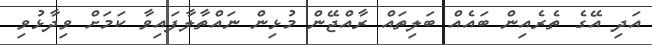
އަދި އޭގެ ތެރެއިން ބައެއް ބަލިތައް ރާއްޖޭން މުޅިން ނައްތާލާފައިވާ ކަމަށް ވިދާޅުވި